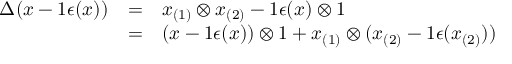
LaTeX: \begin{array} { r c l } { { \Delta ( x - 1 \epsilon ( x ) ) } } & { { = } } & { { x _ { ( 1 ) } \otimes x _ { ( 2 ) } - 1 \epsilon ( x ) \otimes 1 } } \\ { { } } & { { = } } & { { ( x - 1 \epsilon ( x ) ) \otimes 1 + x _ { ( 1 ) } \otimes ( x _ { ( 2 ) } - 1 \epsilon ( x _ { ( 2 ) } ) ) } } \end{array}